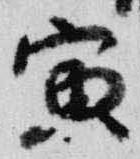
寅